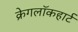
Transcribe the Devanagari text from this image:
क्रेगलॉकहार्ट